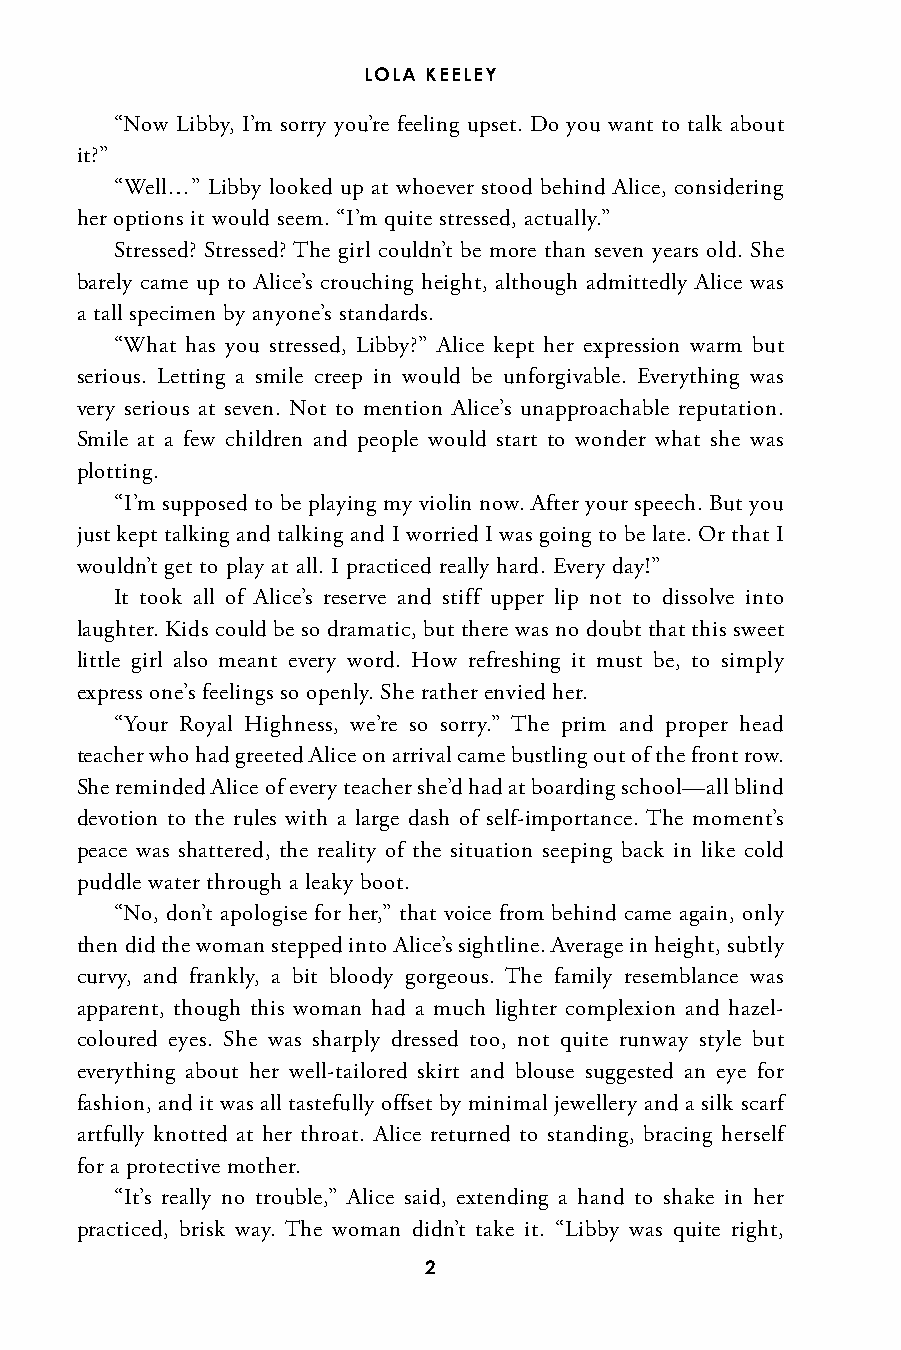
LOLA KEELEY
 “Now Libby, I’m sorry you’re feeling upset. Do you want to talk about
 it?”
 “Well…” Libby looked up at whoever stood behind Alice, considering
 her options it would seem. “I’m quite stressed, actually.”
 Stressed? Stressed? The girl couldn’t be more than seven years old. She
 barely came up to Alice’s crouching height, although admittedly Alice was
 a tall specimen by anyone’s standards.
 “What has you stressed, Libby?” Alice kept her expression warm but
 serious. Letting a smile creep in would be unforgivable. Everything was
 very serious at seven. Not to mention Alice’s unapproachable reputation.
 Smile at a few children and people would start to wonder what she was
 plotting.
 “I’m supposed to be playing my violin now. After your speech. But you
 just kept talking and talking and I worried I was going to be late. Or that I
 wouldn’t get to play at all. I practiced really hard. Every day!”
 It took all of Alice’s reserve and stiff upper lip not to dissolve into
 laughter. Kids could be so dramatic, but there was no doubt that this sweet
 little girl also meant every word. How refreshing it must be, to simply
 express one’s feelings so openly. She rather envied her.
 “Your Royal Highness, we’re so sorry.” The prim and proper head
 teacher who had greeted Alice on arrival came bustling out of the front row.
 She reminded Alice of every teacher she’d had at boarding school—all blind
 devotion to the rules with a large dash of self-importance. The moment’s
 peace was shattered, the reality of the situation seeping back in like cold
 puddle water through a leaky boot.
 “No, don’t apologise for her,” that voice from behind came again, only
 then did the woman stepped into Alice’s sightline. Average in height, subtly
 curvy, and frankly, a bit bloody gorgeous. The family resemblance was
 apparent, though this woman had a much lighter complexion and hazel-
 coloured eyes. She was sharply dressed too, not quite runway style but
 everything about her well-tailored skirt and blouse suggested an eye for
 fashion, and it was all tastefully offset by minimal jewellery and a silk scarf
 artfully knotted at her throat. Alice returned to standing, bracing herself
 for a protective mother.
 “It’s really no trouble,” Alice said, extending a hand to shake in her
 practiced, brisk way. The woman didn’t take it. “Libby was quite right,
 2